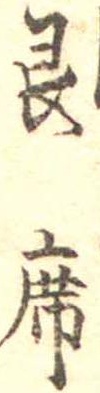
艮席